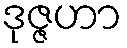
ဒုဇ္ဇဟာ